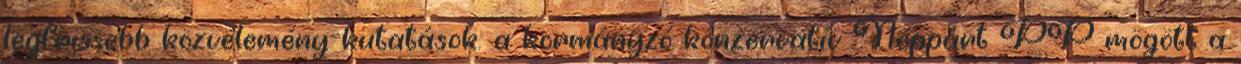
legfrissebb közvélemény-kutatások: a kormányzó konzervatív Néppárt PP mögött a